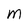
Character: M